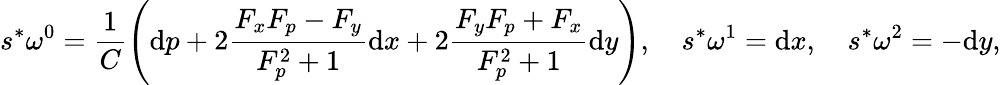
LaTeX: s^{*}\omega^{0}=\frac{1}{C}\left(\mathrm{d}p+2\frac{F_{x}F_{p}-F_{y}}{F_{p}^{2}+1}\mathrm{d}x+2\frac{F_{y}F_{p}+F_{x}}{F_{p}^{2}+1}\mathrm{d}y\right),\quad s^{*}\omega^{1}=\mathrm{d}x,\quad s^{*}\omega^{2}=-\mathrm{d}y,